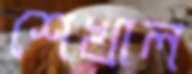
শেখাল